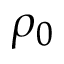
\rho _ { 0 }